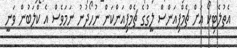
އެތުލެޓިކޯ އަށް ޗެމްޕިއަންސް ލީގުގެ ޗެމްޕިއަންކަން ނުހޯދުނު ނަމަވެސް އެ ކްލަބުން ވަނީ